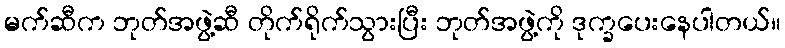
မက်ဆီက ဘုတ်အဖွဲ့ဆီ တိုက်ရိုက်သွားပြီး ဘုတ်အဖွဲ့ကို ဒုက္ခပေးနေပါတယ်။